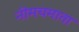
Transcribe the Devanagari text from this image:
नीमचमाता